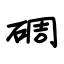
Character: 碉